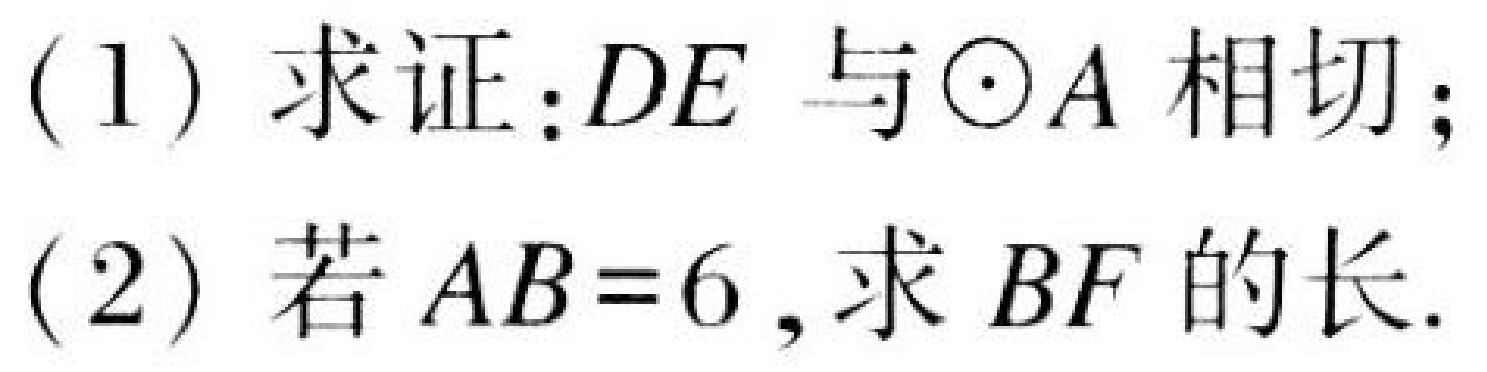
(1) 求证：\(DE\) 与\(\odot A\) 相切；
(2) 若 \(AB = 6\)，求 \(BF\) 的长.